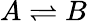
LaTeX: A\rightleftharpoons B